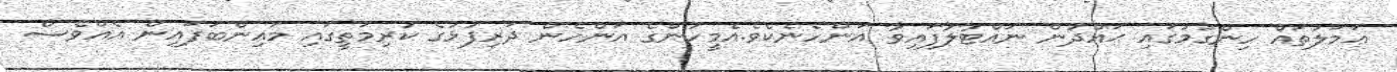
ޢަމަލުތައް ހިންގުމުގައި ޙައްދުން ނައްޓާލާފައިވާ އަންހެނެކެވެ.އެމީހުންގެ އަންހެން ދަރިފުޅުގެ ކުރިމަތީގައި މައިންބަފައިން އެއްވެސް